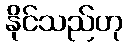
နိုင်သည်ဟု